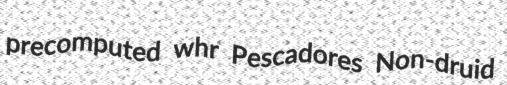
precomputed whr Pescadores Non-druid